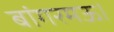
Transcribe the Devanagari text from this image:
बांगरमऊ।